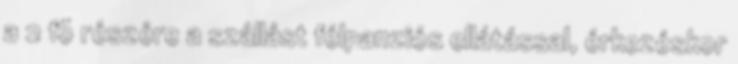
a 2 fõ részére a szállást félpanziós ellátással, érkezéskor